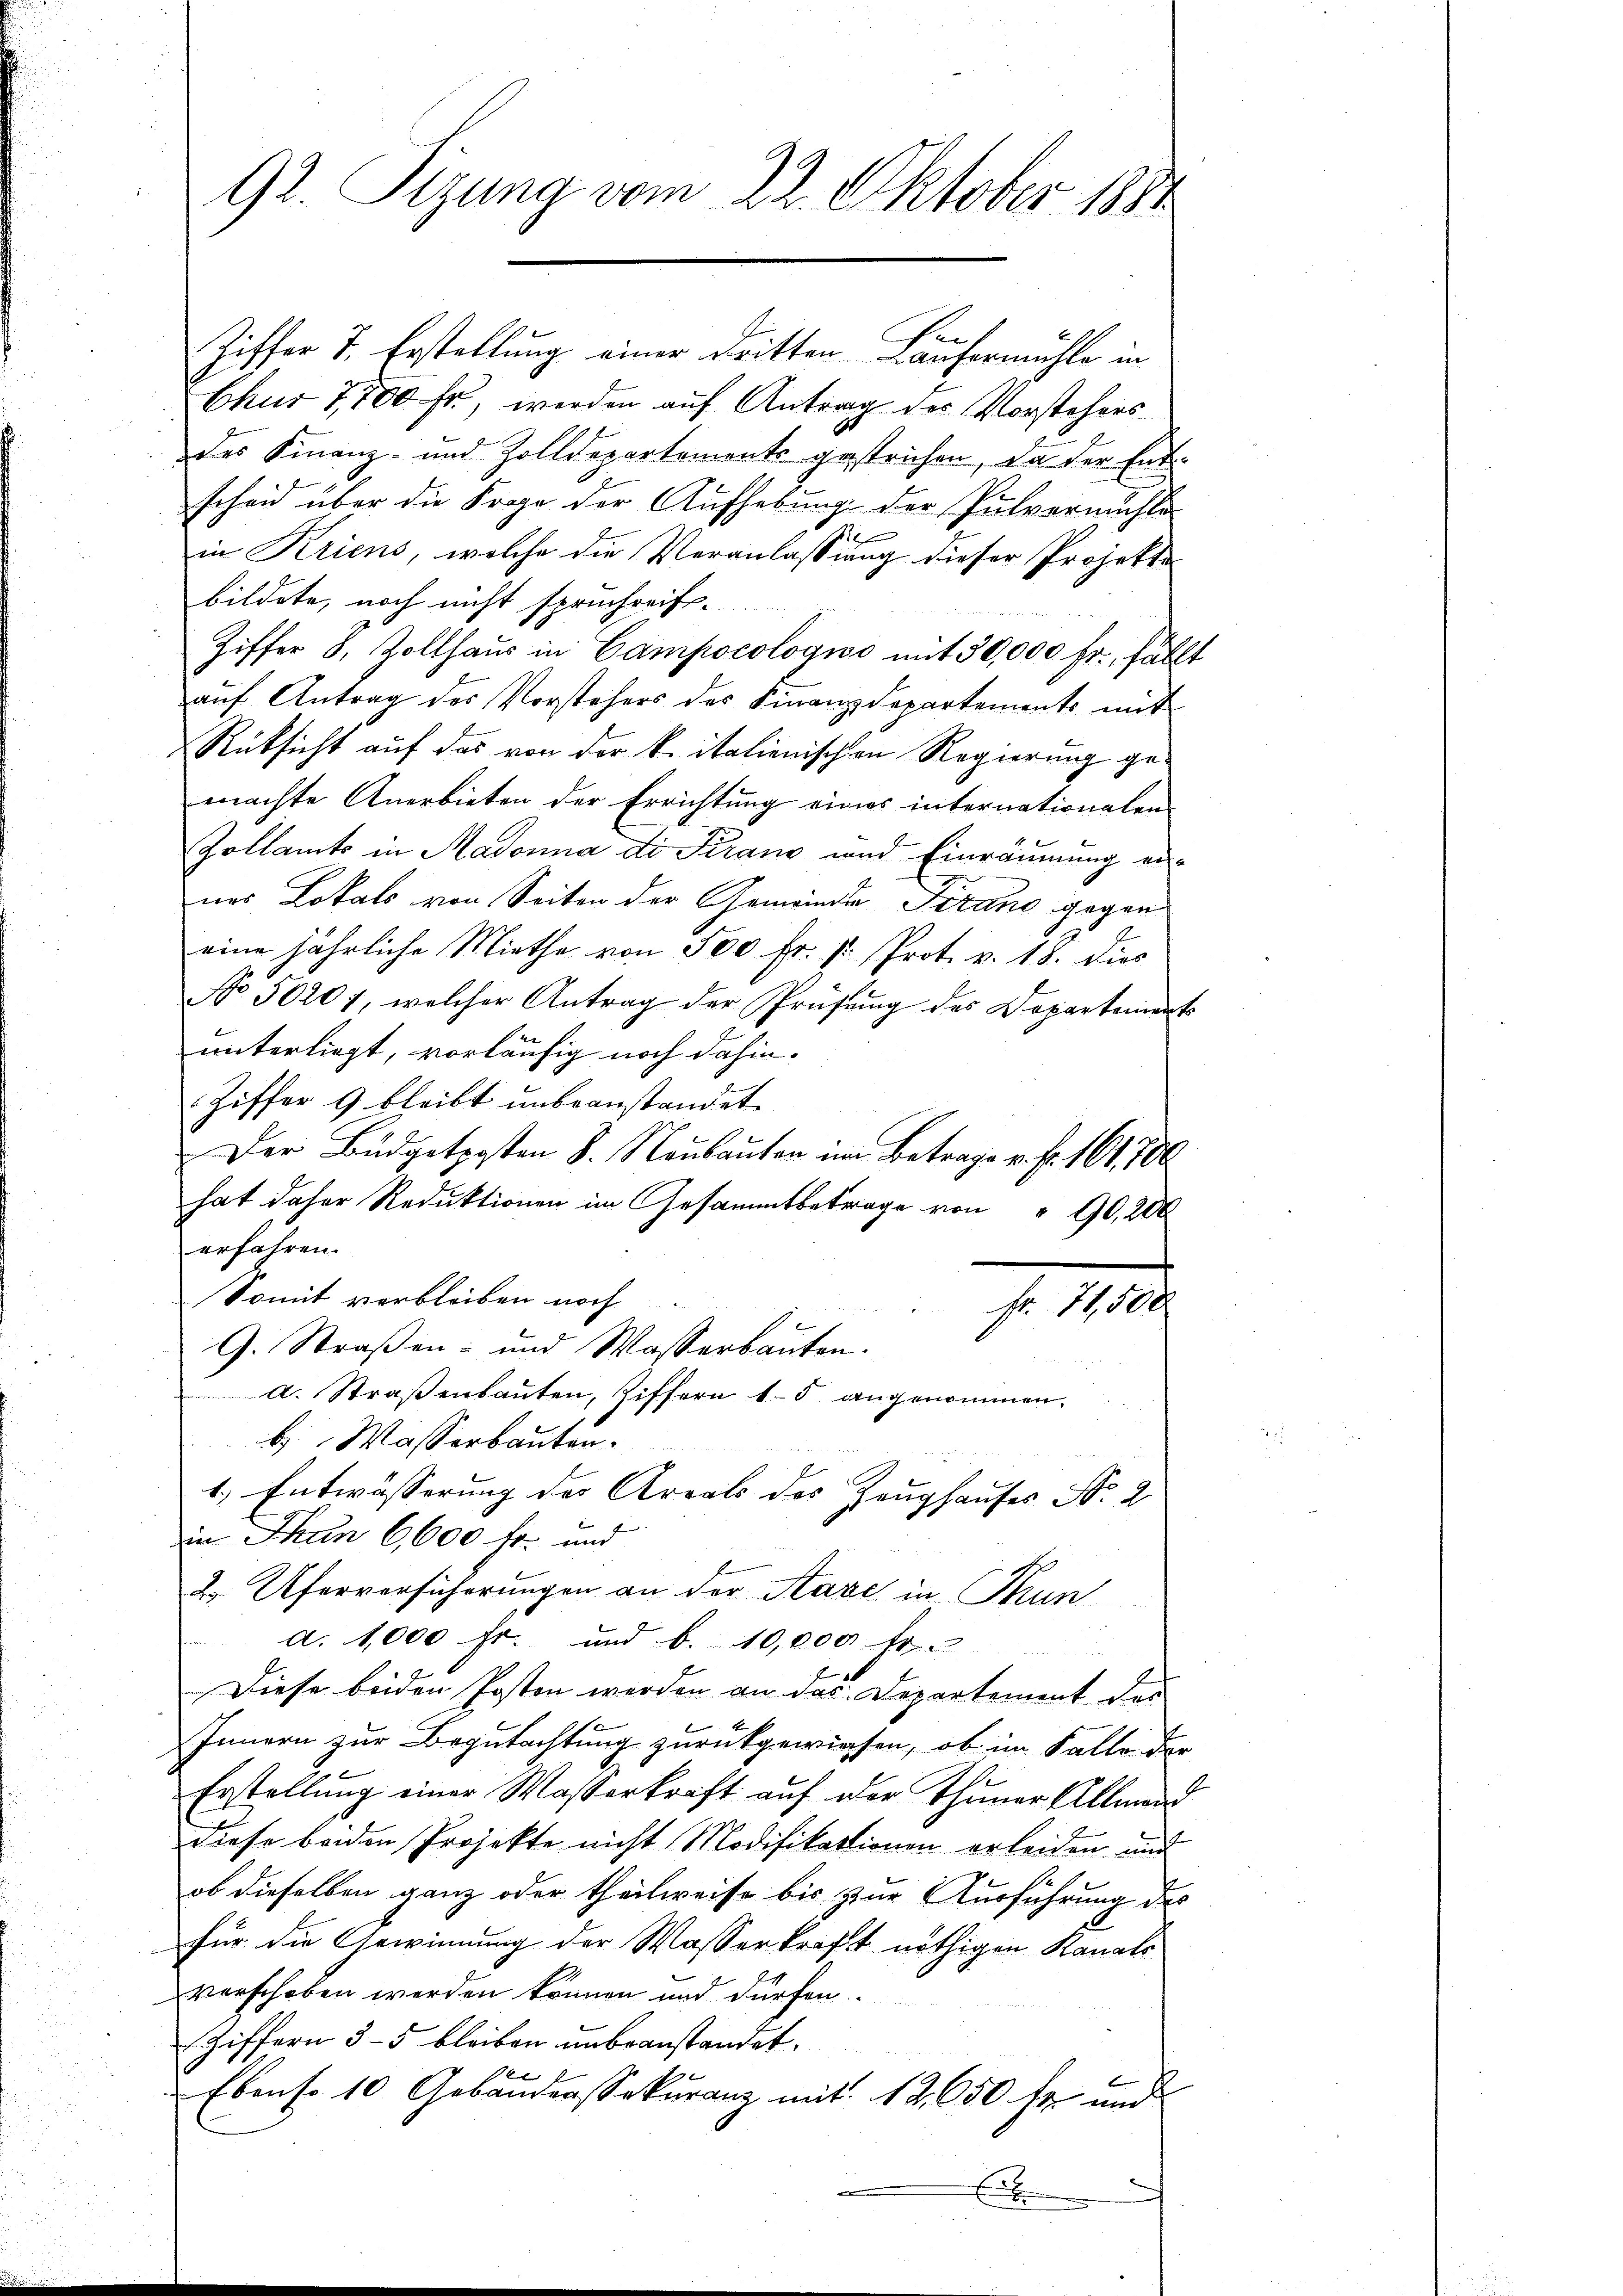
92. Sizung vom 22. Oktober 1891

Ziffer 7. Erstellung einer dritten Läufermühle in
Chur 7,700 fr., werden auf Antrag des Vorstehers
des Finanz- und Zolldepartements gestrichen, da der Ent
scheid über die Frage der Aufhebung der Pulvermühle
in Kriens, welche die Veranlassung dieser Projekte
bildete, noch nicht spruchreifs¬
Ziffer 8. Zollhaus in Campocologio mit 30,000 fr., fällt
aŭf Antrag des Vorstehers des Finanzdepartements mit
Rüksicht auf das von der k. italienischen Regierung gemachte Anerbieten der Errichtung eines internationalen
Zollamts in Aadonna di Pirano und Einräumung ernas Lokals von Seiten der Gemeinde Frane gegen
eine jährliche Miethe von 500 fr. pr. Prot. v. 18. dies
No 5020f, welcher Antrag der Prüfŭng des Departements
unterliegt, vorläufig noch dahin.
Ziffer 9 bleibt unbeanstandet.
Der Budgetposten S. Neubauten im Betrage v. fr. 161,700
hat daher Reduktionen im Gesammtbetrage von " 90,200
erfahren.
Somit verbleiben noch
fr. 71,500
G. Straßen- und Wasserbauten.
a. Straβenbauten, Ziffern 15 angenommen.
b. Wasserbauten.
1.) Entwässerung des Areals des Zeughauses No. 2.
in Thun 6,600 fr. und
2 Uferversicherungen an der Save in Thun
d. 1,000 fr. und b. 10,000 Fr. 2
Diese beiden Posten werden an das Departement der
Innern zur Begutachtung zurückgewiesen, ob im Falle der
Erstellung einer Wasserkraft auf der Thuner Allmand
diese beiden Projekte nicht Modifikationen erleiden und
ob dieselben ganz oder theilweise bis zur Ausführung des
für die Gewinnung der Wasserkraft nöthigen Kanals
verschoben werden können und dürfen.
Giffern 3-5 bleiben unbeanstandet.
1 f
Ebenso 10 Gebaudrassekuranz mit 12,650 fr. und
E